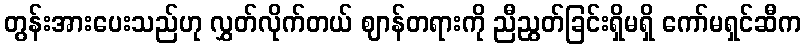
တွန်းအားပေးသည်ဟု လွှတ်လိုက်တယ် ဈာန်တရားကို ညီညွတ်ခြင်းရှိမရှိ ကော်မရှင်ဆီက